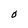
Character: O